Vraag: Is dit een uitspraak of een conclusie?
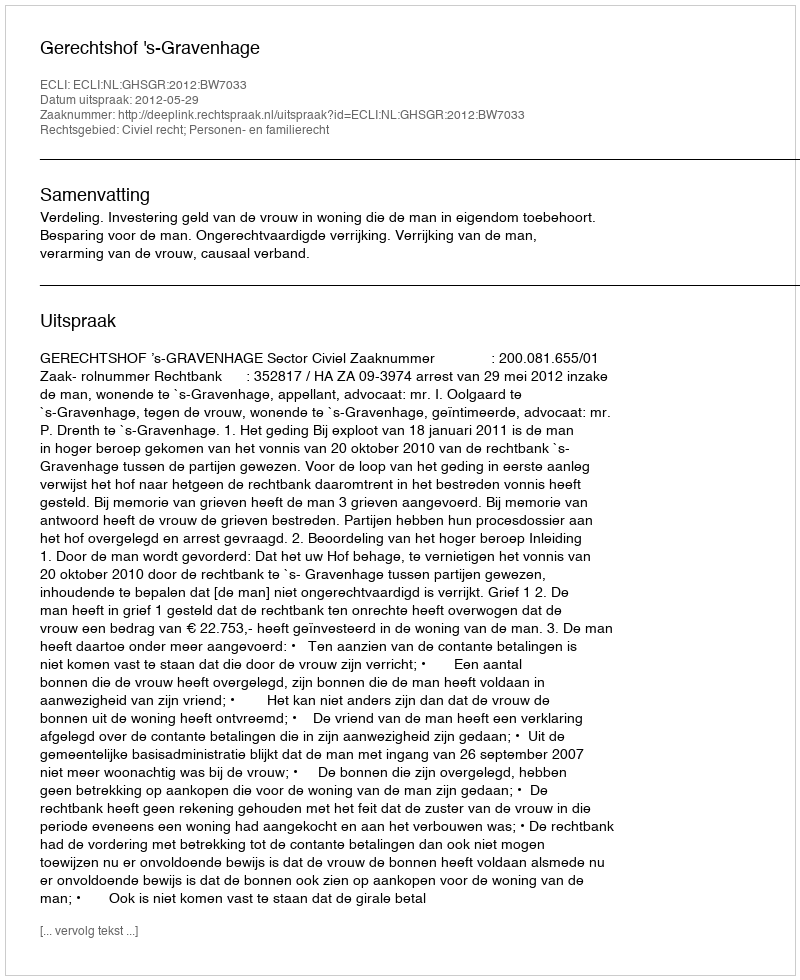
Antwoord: Uitspraak